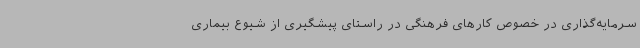
سرمایه‌گذاری در خصوص کارهای فرهنگی در راستای پیشگیری از شیوع بیماری